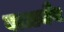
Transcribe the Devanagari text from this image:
वाल्टमैन